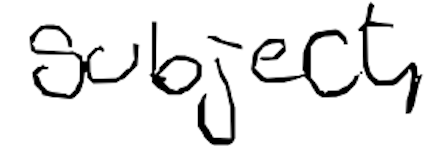
Text: subject,
Cross-out: clean
Writing tool: digital_black